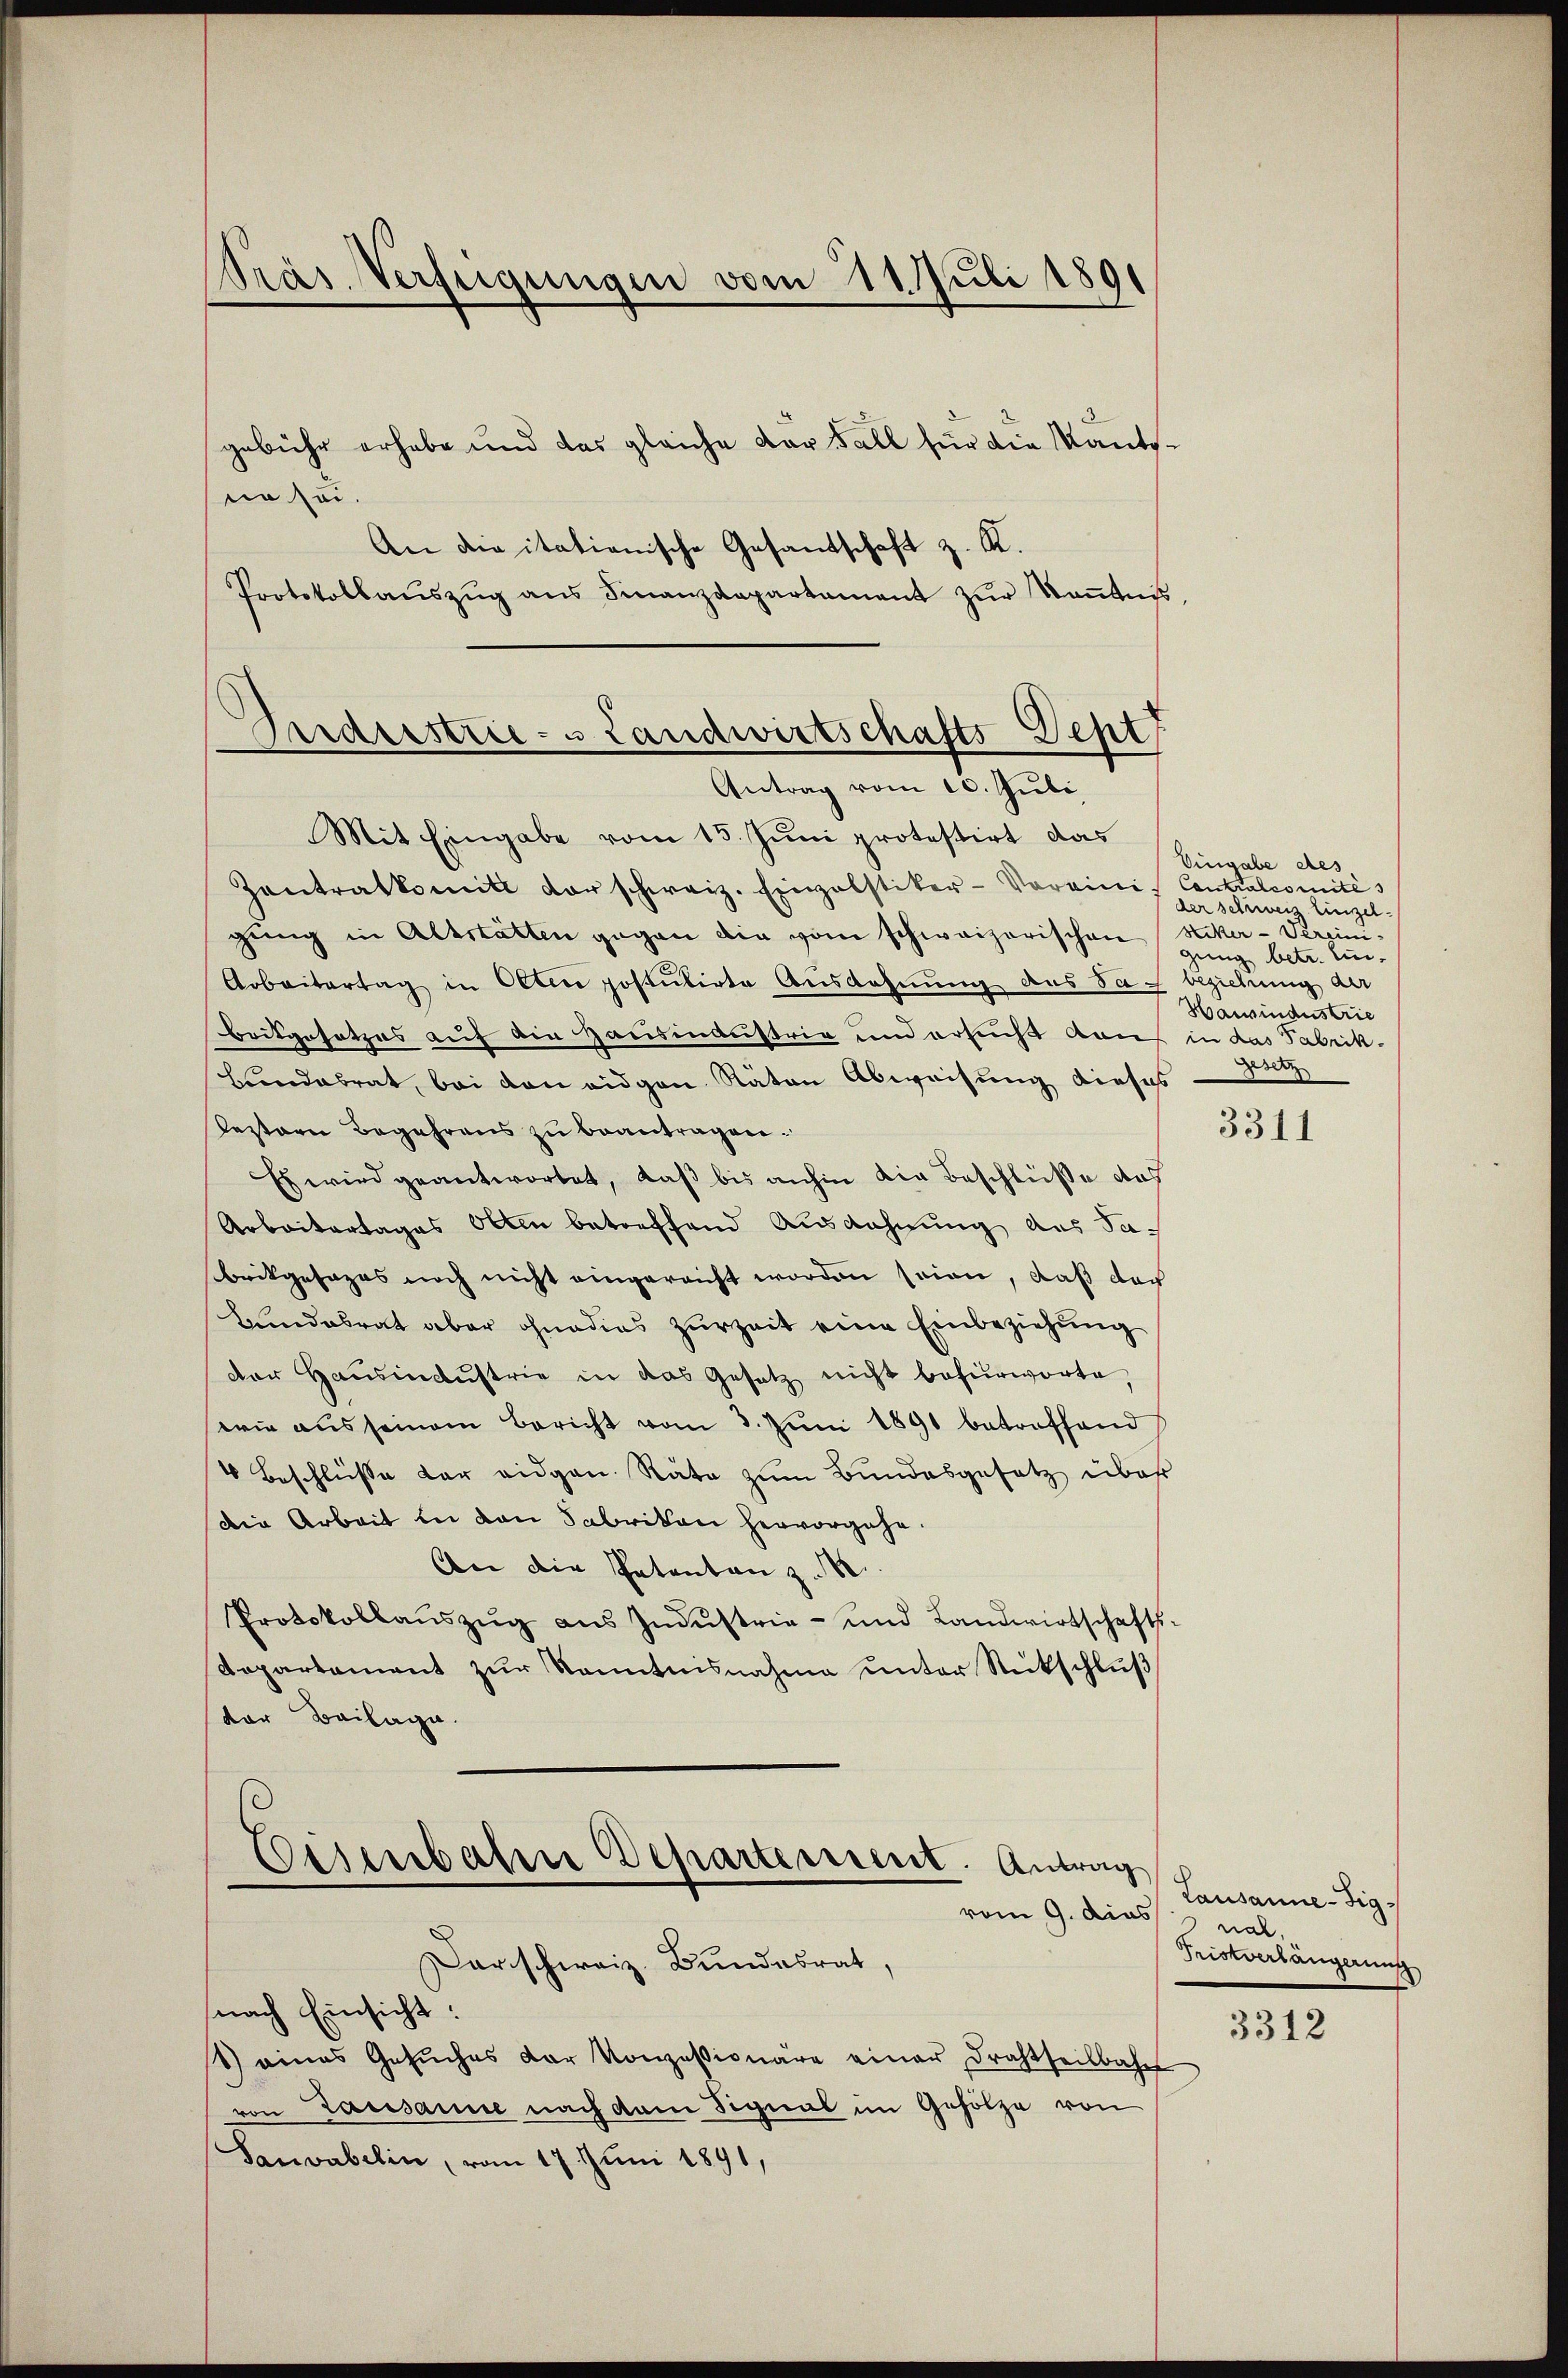
gebühr erhabe und das gleiche der Fall für die Kantssein sei.
An die itationische Gesandschaft z. K.
Protokollaŭszŭg ans Finanzdepartament zur Kenntnis,

Präs. Verfügungen vom 11. Juli 1891

Gndeestrie- & Landwirtschafts-Dept
Antrag vom 10. Juli

Mit Eingabe vom 15. Juni protestirt das
Zontralkomit der schweiz. Einpolstiker-Vereini-
gung in Altstatten gegen die vom schweizerischen
Arbeitertag in Olten postulirte Ausdehnung des Sag beziehung der
Beitgesetzes auf die Hausindustrie und ersucht von
Landabrat, bei von eidgen. Räten Abweisung dieses
Pestare Begehrens zu beantragen.
Es wird geantwortet, daß bis anhin die Beschlüße aus
Arbeitertages Otten betreffend Ausdehnung des Sabrikgesages noch nicht eingereicht worden seien, daß doch
Lindabrat aber ohnedies zurzeit eine Einbeziehŭng
der Haŭsindŭstrie in das Gesetz nicht befürworte,
wie aus seinem Bericht vom 3. Juni 1891 betreffend
4 Beschlüsse der eidgen. Räte zum Bundesgesetz über
die Arbeit in den Fabrikon hervorgehe.
An die Patenten z. B.
Protokollaŭszŭg aŭs Indŭstrie- und Landwirtschafts-
Departement zur Kenntnisnahme unter Rückschluß
ter Beilage.

Eisenbahne Departerrent. Antrag
vom 9. dies
Darschweiz. Bundesrat,

Eingabe des
Contralcomités
der schwei Einzel¬
Niker-Vereini-
gung betr. Ein¬
Härindustrie
in das Fabrik.
Deser

nach Einsicht:
1) eines Gesŭches der Konzessionäre einer Drahtheilbahn
von Lausanne nach dem Signal im Gehölze von
Sanvabelin, vom 17 Juni 1891,

3311

Lausanne-Fignal.
Tristverlängerung

3312